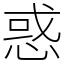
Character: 惑